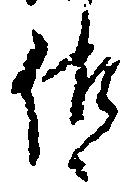
佐